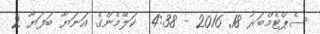
ސެޕްޓެމްބަރު 18